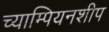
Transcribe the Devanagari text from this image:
च्याम्पियनशीप